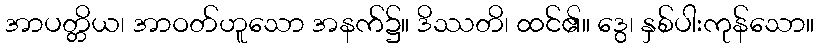
အာပတ္တိယ၊ အာဝတ်ဟူသော အနက်၌။ ဒိဿတိ၊ ထင်၏။ ဒွေ၊ နှစ်ပါးကုန်သော။